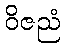
ဝိဇညံ